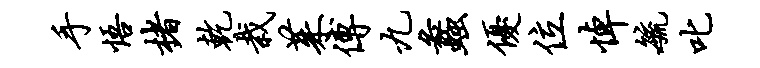
手悟楮乾栽茱傅九蠡优位悼毓叱